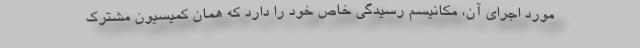
مورد اجرای آن، مکانیسم رسیدگی خاص خود را دارد که همان کمیسیون مشترک